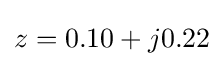
z=0.10+j0.22